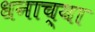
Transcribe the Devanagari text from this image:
धनाच्या